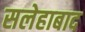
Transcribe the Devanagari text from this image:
सलेहाबाद